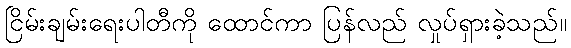
ငြိမ်းချမ်းရေးပါတီကို ထောင်ကာ ပြန်လည် လှုပ်ရှားခဲ့သည်။